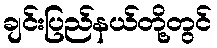
ချင်းပြည်နယ်တို့တွင်